Lunatic asylums Madras 1877-1891 - 1877-1891
Year: 1877
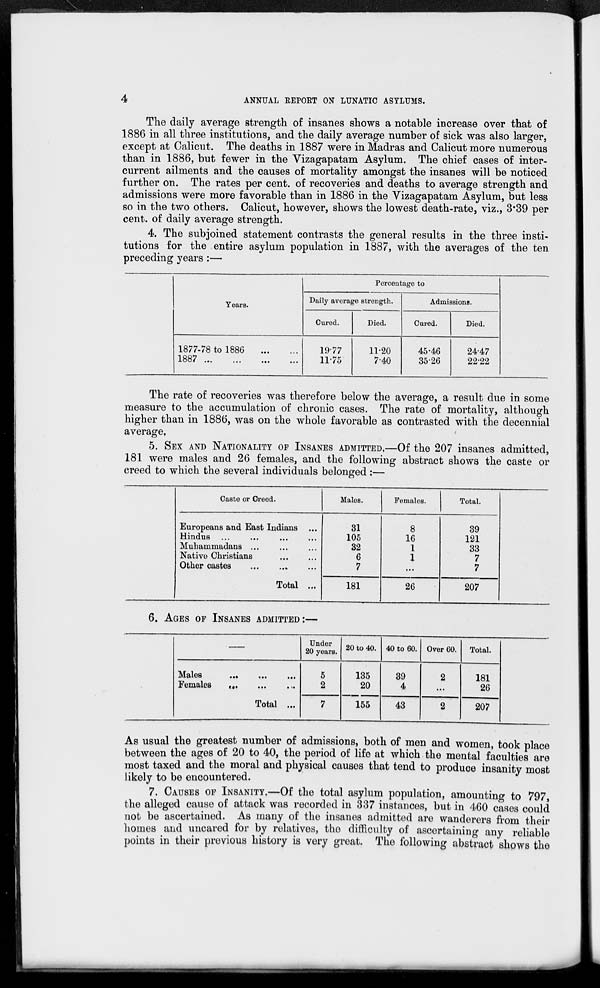
4
ANNUAL REPORT ON LUNATIC ASYLUMS.
The daily average strength of insanes shows a notable increase over that of
1886 in all three institutions, and the daily average number of sick was also larger,
except at Calicut. The deaths in 1887 were in Madras and Calicut more numerous
than in 1886, but fewer in the Vizagapatam Asylum. The chief cases of inter-
current ailments and the causes of mortality amongst the insanes will be noticed
further on. The rates per cent. of recoveries and deaths to average strength and
admissions were more favorable than in 1886 in the Vizagapatam Asylum, but less
so in the two others. Calicut, however, shows the lowest death-rate, viz., 3.39 per
cent. of daily average strength.
4. The subjoined statement contrasts the general results in the three insti-
tutions for the entire asylum population in 1887, with the averages of the ten
preceding years:—
Years.
1877-78 to 1886
...
...
1887
...
...
...
...
Percentage to
Daily average strength.
Cured.
19.77
11.75
Died.
11.20
7.40
Admissions.
Cured.
45.46
35.26
Died.
24.47
22.22
The rate of recoveries was therefore below the average, a result due in some
measure to the accumulation of chronic cases. The rate of mortality, although
higher than in 1886, was on the whole favorable as contrasted with the decennial
average,
5. SEX AND NATIONALITY OF INSANES ADMITTED,—Of the 207 insanes admitted,
181 were males and 26 females, and the following abstract shows the caste or
creed to which the several individuals belonged :—
Caste or Creed.
Europeans and East Indians ...
Hindus ...
...
... ...
Muhammadans ... ... ...
Native Christians
...
...
Other castes
...
...
...
Total ...
Males.
31
105
32
6
7
181
Females.
8
16
1
1
...
26
Total.
39
121
33
7
7
207
6. AGES OF INSANES ADMITTED :—
—
Males
...
...
...
Females
...
...
...
Total ...
Under
20 years.
5
2
7
20 to 40.
135
20
155
40 to 60.
39
4
43
Over 60.
2
...
2
Total.
181
26
207
As usual the greatest number of admissions, both of men and women, took place
between the ages of 20 to 40, the period of life at which the mental faculties are
most taxed and the moral and physical causes that tend to produce insanity most
likely to be encountered.
7. CAUSES OF INSANITY.—Of the total asylum population, amounting to 797,
the alleged cause of attack was recorded in 337 instances, but in 460 cases could
not be ascertained. As many of the insanes admitted are wanderers from their
homes and uncared for by relatives, the difficulty of ascertaining any reliable
points in their previous history is very great. The following abstract shows the